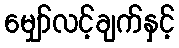
မျှော်လင့်ချက်နှင့်